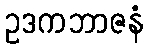
ဥဒကဘာဇနံ